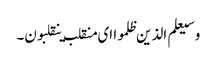
وسیعلم الذین ظلموا ای منقلب ینقلبون۔